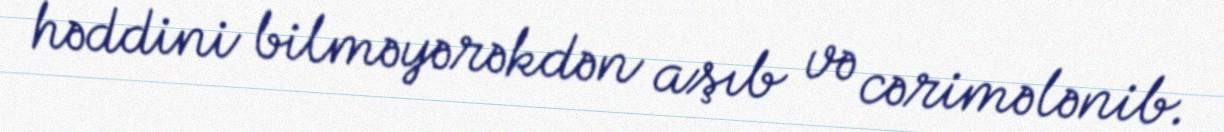
həddini bilməyərəkdən aşıb və cərimələnib.